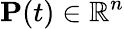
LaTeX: \mathbf{P}(t)\in\mathbb{R}^{n}